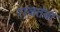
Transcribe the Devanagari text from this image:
राजतंत्रा